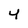
Character: 4